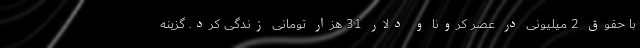
با حقوق 2 میلیونی در عصر کرونا و دلار 31 هزار تومانی زندگی کرد. گزینه